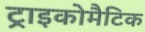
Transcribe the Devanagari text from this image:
ट्राइकोमैटिक